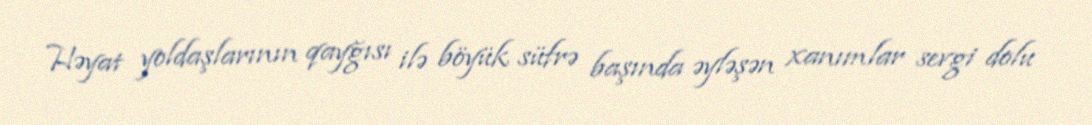
Həyat yoldaşlarının qayğısı ilə böyük süfrə başında əyləşən xanımlar sevgi dolu